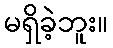
မရှိခဲ့ဘူး။